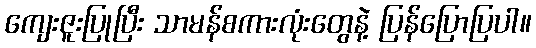
ကျေးဇူးပြုပြီး သာမန်စကားလုံးတွေနဲ့ ပြန်ပြောပြပါ။